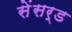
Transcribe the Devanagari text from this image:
सेंसर्ड